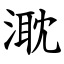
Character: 㴷